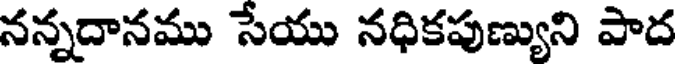
నన్నదానము సేయు నధికపుణ్యుని పాద